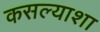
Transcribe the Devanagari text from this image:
कसल्याशा